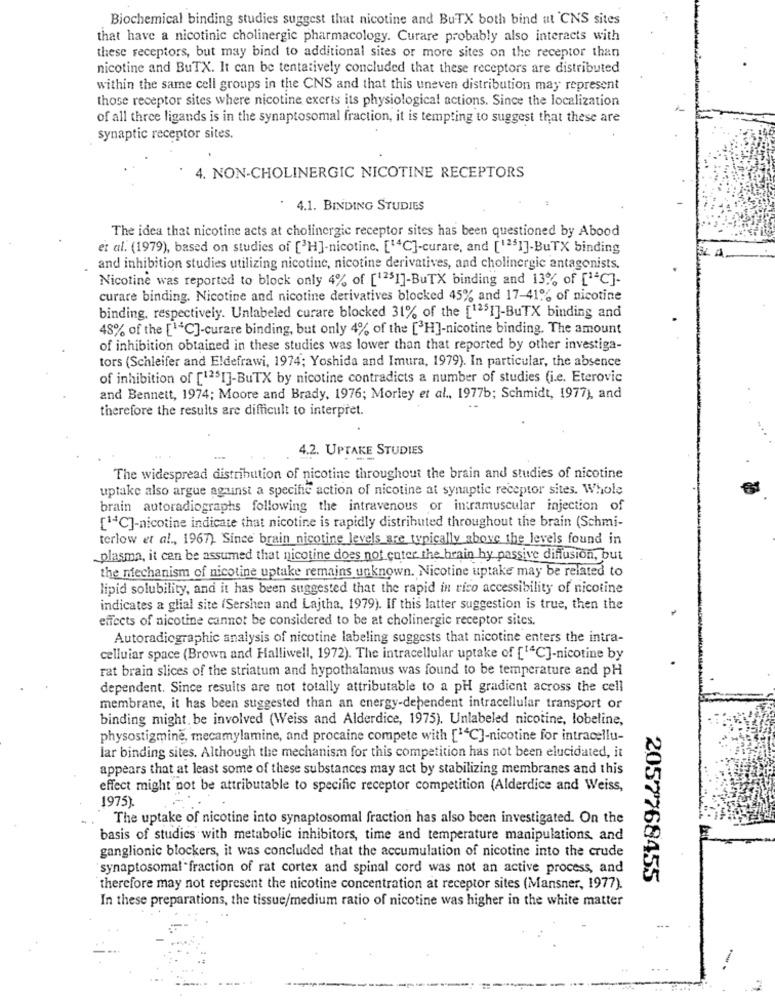
Biochemical binding studies suggest that nicotine and BuTX both bind ut 'CNS sites
that have a nicotinic cholinergic pharmacology. Curare probably also interacts with
these receptors, but may bind to additional sites or more sites on the receptor than
nicotine and BuTX. It can be tentatively concluded that these receptors are distributed
within the same cell groups in the CNS and that this uneven distribution may represent
those receptor sites where nicotine exerts its physiological actions. Since the localization
of all three ligands is in the synaptosomal fraction, it is tempting to suggest that these are
synaptic receptor sites.
4. NON-CHOLINERGIC NICOTINE RECEPTORS
4.1. BINDING STUDIES
The idea that nicotine acts at cholinergic receptor sites has been questioned by Abood
et al. (1979), based on studies of [3H]-nicotine, [14C]-curare, and [12$1]-BuTX binding
and inhibition studies utilizing nicotine, nicotine derivatives, and cholinergic antagonists.
Nicotine was reported to block only 4% of [1251]-BuTX binding and 13% of [1ªC]-
curare binding. Nicotine and nicotine derivatives blocked 45% and 17-41% of nicotine
binding, respectively. Unlabeled curare blocked 31% of the [1251]-BuTX binding and
48% of the [14C]-curare binding, but only 4% of the [ H]-nicotine binding. The amount
of inhibition obtained in these studies was lower than that reported by other investiga-
tors (Schleifer and Eldefrawi, 1974; Yoshida and Imura, 1979). In particular, the absence
of inhibition of [1251]-BuTX by nicotine contradicts a number of studies (i.e. Eterovic
and Bennett, 1974; Moore and Brady, 1976; Morley et al ., 1977b; Schmidt, 1977), and
therefore the results are difficult to interpret.
4.2. UPTAKE STUDIES
The widespread distribution of nicotine throughout the brain and studies of nicotine
uptake also argue against a specific action of nicotine at synaptic receptor sites. Whole
brain autoradiographs following the intravenous or intramuscular injection of
[14℃]-nicotine indicate that nicotine is rapidly distributed throughout the brain (Schmi-
terlow et al ., 1967) Since brain nicotine levels are typically above the levels found in
plasma, it can be assumed that nicotine does not enter the brain hy passive diffusion, but
the mechanism of nicotine uptake remains unknown. Nicotine uptake may be related to
lipid solubility, and it has been suggested that the rapid in rico accessibility of nicotine
indicates a glial site (Sershen and Lajtha, 1979). If this latter suggestion is true, then the
effects of nicotine cannot be considered to be at cholinergic receptor sites,
Autoradiographic analysis of nicotine labeling suggests that nicotine enters the intra-
cellular space (Brown and Halliwell, 1972). The intracellular uptake of [14℃]-nicotine by
rat brain slices of the striatum and hypothalamus was found to be temperature and pH
dependent. Since results are not totally attributable to a pH gradient across the cell
membrane, it has been suggested than an energy-dependent intracellular transport or
binding might. be involved (Weiss and Alderdice, 1975). Unlabeled nicotine, lobeline,
physostigmine, mecamylamine, and procaine compete with [14C]-nicotine for intracellu-
lar binding sites. Although the mechanism for this competition has not been elucidated, it
appears that at least some of these substances may act by stabilizing membranes and this
effect might not be attributable to specific receptor competition (Alderdice and Weiss,
1975).
The uptake of nicotine into synaptosomal fraction has also been investigated. On the
basis of studies with metabolic inhibitors, time and temperature manipulations, and
ganglionic blockers, it was concluded that the accumulation of nicotine into the crude
synaptosomal fraction of rat cortex and spinal cord was not an active process, and
2057768455
therefore may not represent the nicotine concentration at receptor sites (Mansner, 1977).
In these preparations, the tissue/medium ratio of nicotine was higher in the white matter